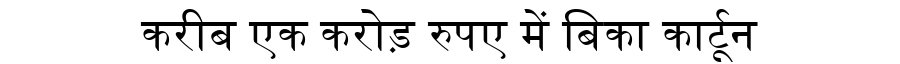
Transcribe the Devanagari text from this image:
करीब एक करोड़ रुपए में बिका कार्टून